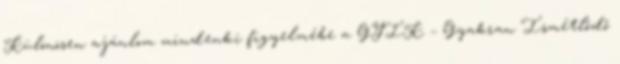
Különösen ajánlom mindenki figyelmébe a GYIK – Gyakran Ismétlődő